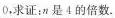
0.求证：n是4的倍数.